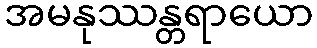
အမနုဿန္တရာယော